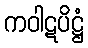
ကဝါဋပိဋ္ဌံ